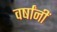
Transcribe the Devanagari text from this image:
वर्षांनीं